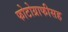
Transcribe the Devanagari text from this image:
फोटोग्राफीसह